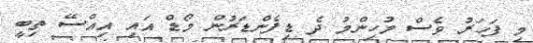
މި ފަހަރު ވެސް މުހިންމު ދެ ޑިފެންޑަރުން މޯޑް އައި އިއްސޭ ތިބީ